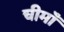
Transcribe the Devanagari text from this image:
चीमाँ